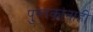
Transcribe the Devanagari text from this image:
पुस्तकांनाही